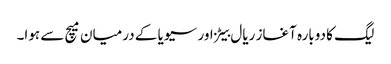
لیگ کا دوبارہ آغاز ریال بیٹز اور سیویا کے درمیان میچ سے ہوا۔